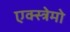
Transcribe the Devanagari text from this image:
एक्स्त्रेमो